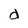
Character: d